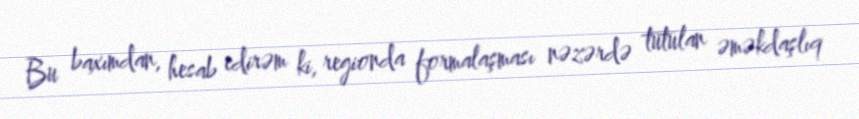
Bu baxımdan, hesab edirəm ki, regionda formalaşması nəzərdə tutulan əməkdaşlıq